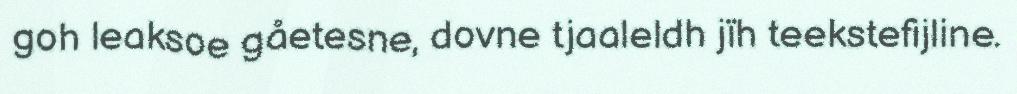
goh leaksoe gåetesne, dovne tjaaleldh jïh teekstefijline.